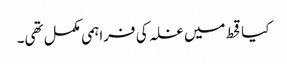
کیاقحط میں غلہ کی فراہمی مکمل تھی۔